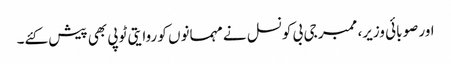
اور صوبائی وزیر، ممبر جی بی کونسل نے مہمانوں کو روایتی ٹوپی بھی پیش کئے۔